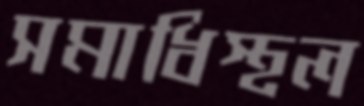
সমাধিস্থল